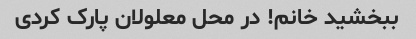
ببخشید خانم! در محل معلولان پارک کردی